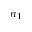
n _ { 1 }